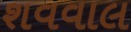
શવવાલ